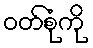
ဝတ်စုံကို